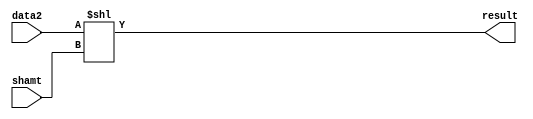

module Sll_Generic (shamt , data2 , result); // sll r format 

input [4:0] shamt;
input [31:0] data2;
output [31:0] result ;


assign result = data2 << shamt ;


endmodule